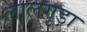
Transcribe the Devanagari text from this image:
लालगुड़ा